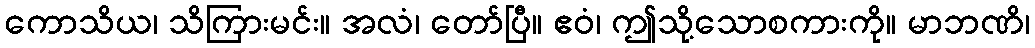
ကောသိယ၊ သိကြားမင်း။ အလံ၊ တော်ပြီ။ ဧဝံ၊ ဤသို့သောစကားကို။ မာဘဏိ၊